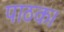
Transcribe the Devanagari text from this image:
पाठक।